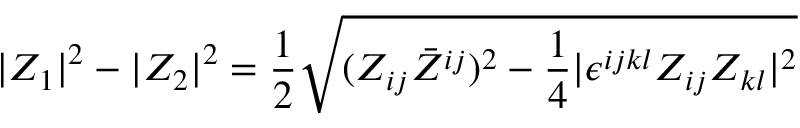
| Z _ { 1 } | ^ { 2 } - | Z _ { 2 } | ^ { 2 } = { \frac { 1 } { 2 } } \sqrt { ( Z _ { i j } \bar { Z } ^ { i j } ) ^ { 2 } - { \frac { 1 } { 4 } } | \epsilon ^ { i j k l } Z _ { i j } Z _ { k l } | ^ { 2 } }